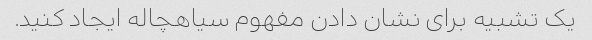
یک تشبیه برای نشان دادن مفهوم سیاهچاله ایجاد کنید.